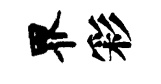
界彩